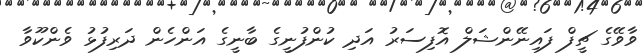
ވާވޭގެ ޗީފް ފައިނޭންޝަލް އޮފިސަރު އަދި ކުންފުނީގެ ބާނީގެ އަންހެން ދަރިފުޅު ވެންކޫވާ